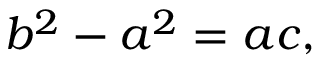
b ^ { 2 } - a ^ { 2 } = a c ,